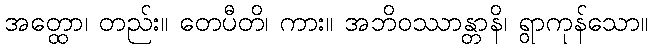
အတ္ထော၊ တည်း။ တေပီတိ၊ ကား။ အဘိဝဿာန္တာနိ၊ ရွာကုန်သော။